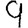
Digit: 9